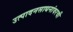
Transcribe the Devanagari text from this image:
उत्पादनसाधनांवरची